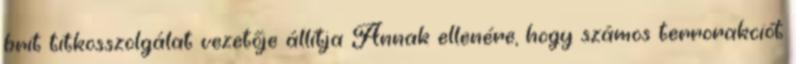
brit titkosszolgálat vezetője állítja Annak ellenére, hogy számos terrorakciót